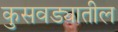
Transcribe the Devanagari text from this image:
कुसवड्यातील